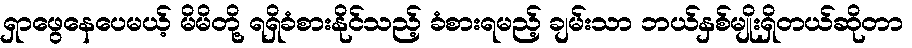
ရှာဖွေနေပေမယ့် မိမိတို့ ရရှိခံစားနိုင်သည့် ခံစားရမည့် ချမ်းသာ ဘယ်နှစ်မျိုးရှိတယ်ဆိုတာ